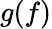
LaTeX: g(f)